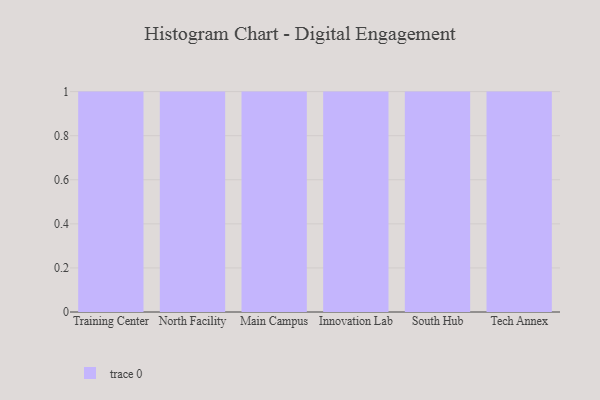
{"axis": {"x": "Campus", "y": "Active Users"}, "legend": [""], "data": [{"x": "Training Center", "y": 49, "type": ""}, {"x": "North Facility", "y": 40, "type": ""}, {"x": "Main Campus", "y": 92, "type": ""}, {"x": "Innovation Lab", "y": 77, "type": ""}, {"x": "South Hub", "y": 24, "type": ""}, {"x": "Tech Annex", "y": 2, "type": ""}]}